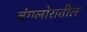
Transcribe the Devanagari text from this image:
बंगलोरातील